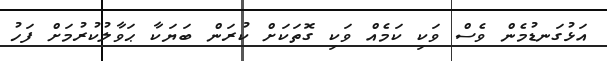
އަޅުގަނޑުމެން ވެސް ވަކި ކަމެއް ވަކި ގޮތަކަށް ކުރަން ބަޔަކާ ޙަވާލުކުރުމަށް ފަހު